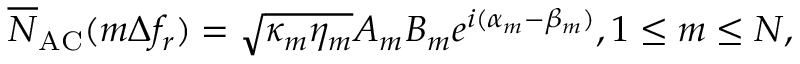
\overline { N } _ { \mathrm { A C } } ( m \Delta f _ { r } ) = \sqrt { \kappa _ { m } \eta _ { m } } A _ { m } B _ { m } e ^ { i ( \alpha _ { m } - \beta _ { m } ) } , 1 \le m \le N ,